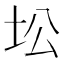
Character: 𱖍